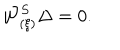
{ \cal W } _ { ( \xi ) } ^ { S } \Delta = 0 .